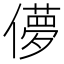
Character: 儚